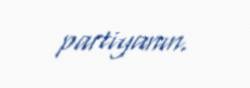
partiyanın.